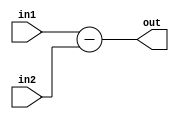
module subtractor (in1, in2, out);

input [7:0] in1, in2;
output reg [7:0] out;


always @(in1 or in2)
begin
out <= in1 - in2;
end
endmodule